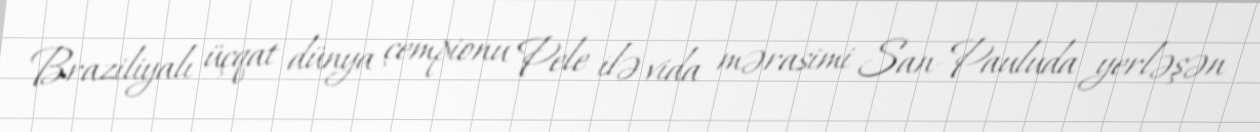
Braziliyalı üçqat dünya çempionu Pele ilə vida mərasimi San-Pauluda yerləşən